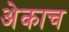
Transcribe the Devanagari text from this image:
अेकाच